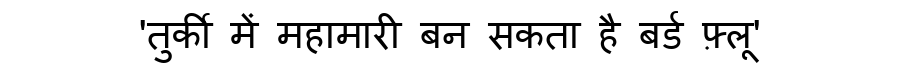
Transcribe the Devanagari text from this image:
'तुर्की में महामारी बन सकता है बर्ड फ़्लू'